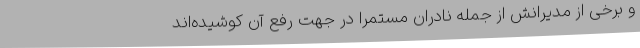
و برخی از مدیرانش از جمله نادران مستمراً در جهت رفع آن کوشیده‌اند